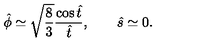
{ \hat { \phi } } \simeq \sqrt { \frac { 8 } { 3 } } \frac { \cos { \hat { t } } } { { \hat { t } } } , \qquad { \hat { s } } \simeq 0 .